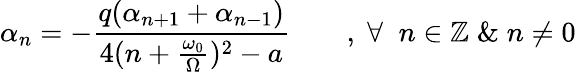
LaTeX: \alpha_{n}=-\frac{q(\alpha_{n+1}+\alpha_{n-1})}{4(n+\frac{\omega_{0}}{\Omega})^{2}-a}\qquad,\; \forall\; \; n\in\mathbb{Z}\; \& \; n\neq 0